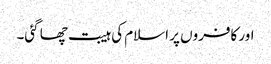
اور کافروں پر اسلام کی ہیبت چھا گئی۔